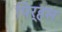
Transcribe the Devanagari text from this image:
पिर्‍हस